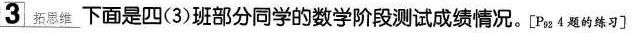
3 拓思维 下面是四(3)班部分同学的数学阶段测试成绩情况。[P_{92}4题的练习]